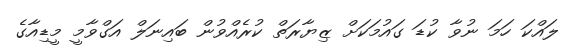
ލައްކަ ހަމަ ނުވާ ކުޑަ ގައުމަކަށް ޒިޔާރަތް ކުރެއްވުން ބައިނަލް އަގްވާމީ މީޑިއާގެ